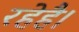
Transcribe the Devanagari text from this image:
रहेहै।